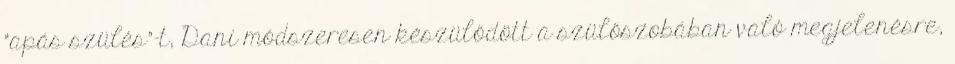
"apás szülés"-t, Dani módszeresen készülődött a szülőszobában való megjelenésre,